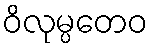
ဝိလုမ္ပတေဝ